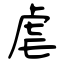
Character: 虐